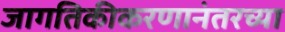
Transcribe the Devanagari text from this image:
जागतिकीकरणानंतरच्या